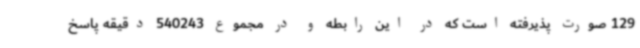
129 صورت پذیرفته است که در این رابطه و در مجموع 540243 دقیقه پاسخ